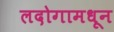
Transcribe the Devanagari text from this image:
लदोगामधून